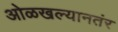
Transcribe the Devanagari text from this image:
ओळखल्यानतंर